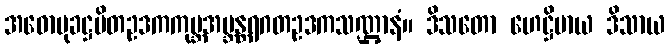
အဓောမုခဋ္ဌပိတဥဒကကုမ္ဘအဗ္ဘန္တရဂတဥဒကသဏ္ဌာနံ။ ဒိသတော ဟေဋ္ဌိမာယ ဒိသာယ